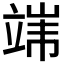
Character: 𱷪